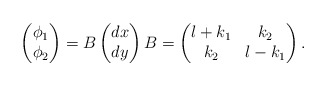
\begin{align*}\begin{pmatrix} \phi_1\\ \phi_2 \end{pmatrix} = B \begin{pmatrix} dx \\ dy\end{pmatrix}B=\begin{pmatrix} l+k_1& k_2\\k_2 & l-k_1\end{pmatrix}.\end{align*}